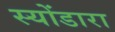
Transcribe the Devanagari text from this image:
स्योंडारा